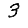
Digit: 3